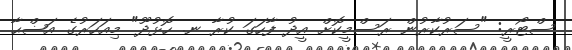
ސްޓޯރީ: "ސަރުކާރުން ރަސްމީކޮށް އީދު ފާހަގަ ކުރާ ނ. ހޮޅުދޫ" މިއަހަރުގެ އަޟްޙާ